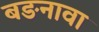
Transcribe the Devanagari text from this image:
बङनावा